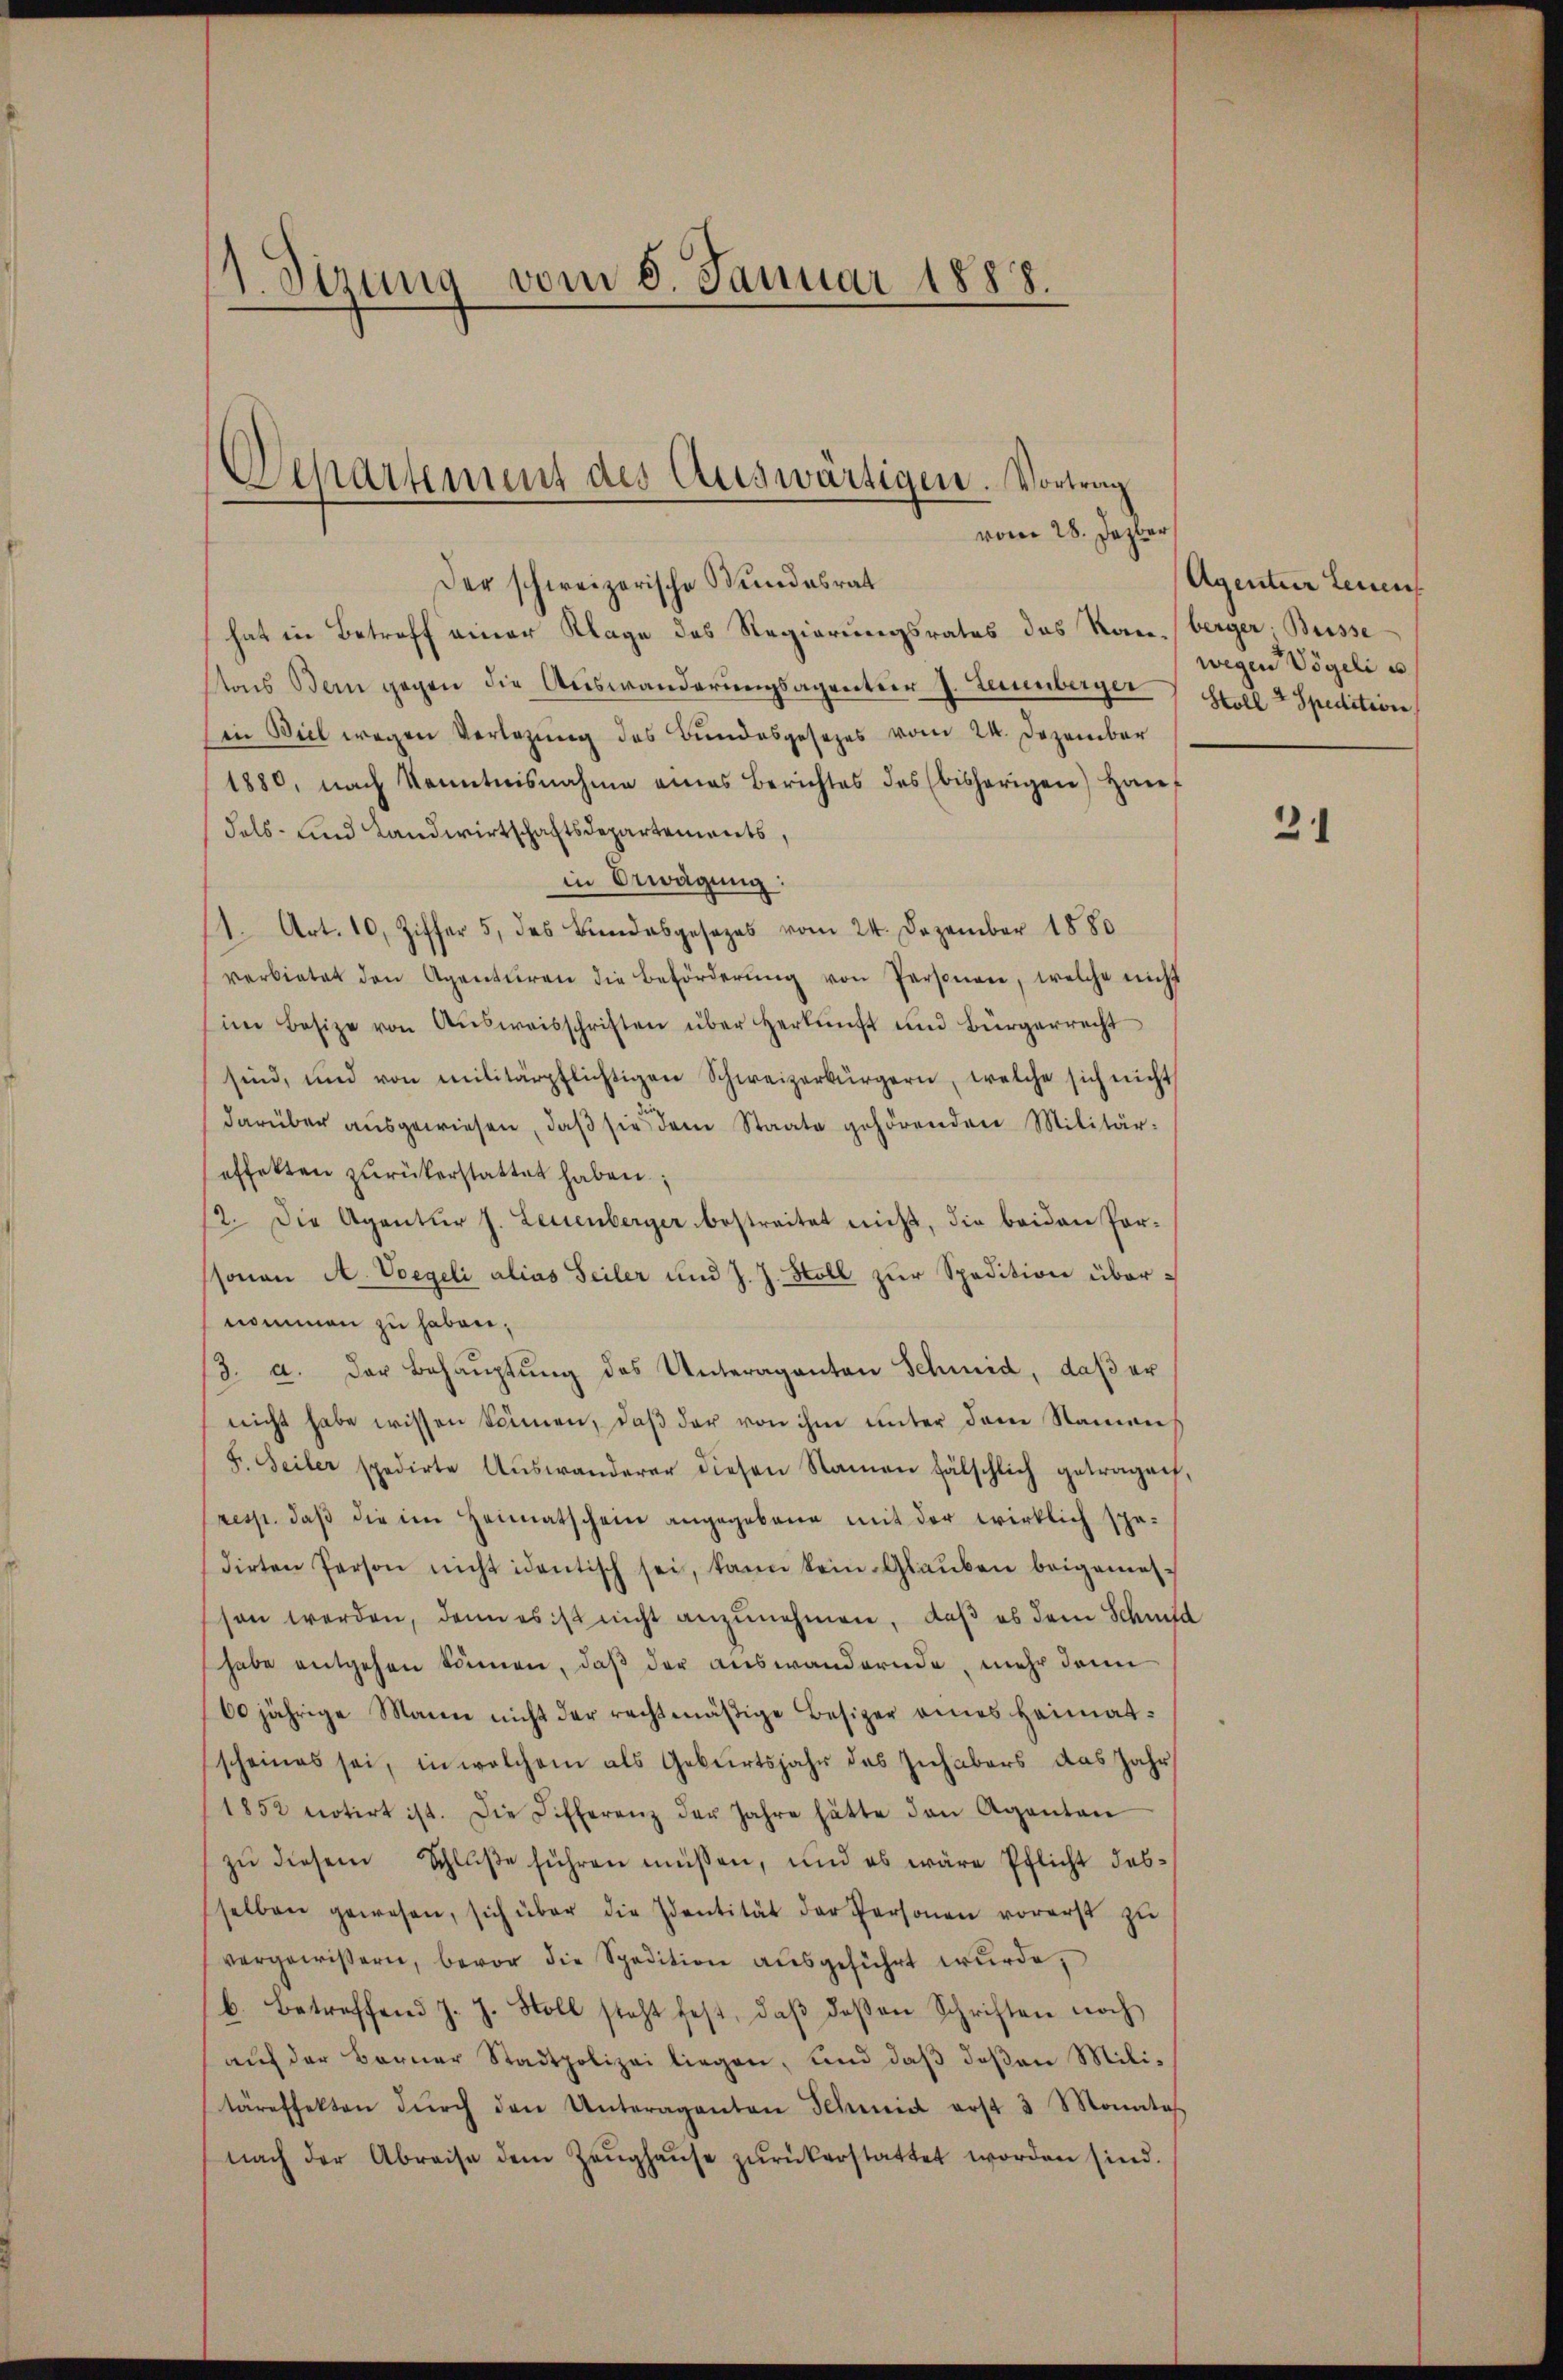
(1. Sizung vom 8. Januar 1888.

Der schweizerische Wundesrat
hat in Betreff einer Klage des Regierungsrates des Rauberger, Bussetons Bern gegen die Auswanderungsagenter J. Leuenberger Soll 2 Spedition
Ein Biel wegen Verlegung des Bundesgesezes vom 24. Dezember
1880, nach Kenntnisnahme eines Berichtes des (bisherigen Hauf
dels- und Landwirtschaftsdepartements,
in Erwägung:
11. Art. 10. Ziffer 5. des Bindesgesezes vom 24. Dezember 1880
verbietet den Agenturen die Beförderŭng von Personen, welche nicht
(im Besize von Aŭsweisschriften über Herkunft und Bürgerrecht
sind, und von militärpflichtigen Schweizerbürgern, welche sich nicht
darüber aŭsgewiesen, daβ sie dem Staate gehörenden Militär-
effekten zurückerstattet haben;
12. Die Agentur J. Leuenberger bestreitet nicht, die beiden Porssonen A. Vorgeli alias Seiler und J. J. Stoll zur Spedition übernommen zu haben,
3. a. der Behaŭptŭng des Unteraganten Schmid, daβ er
nicht habe wissen können, daβ der von ihm unter dem Namen
F. Seiler spedirte Aŭswanderer diesen Namen fälschlich getragen,
resp. daß die im Heimatschein angegebene mit der wirklich spedirten Person nicht identisch sei, kann kein Glaŭben beigemesson werden, dann es ist nicht anzunehmen, daß es dem Schmid
habe entgehen können, daß der auswandernde, mehr dann
60jährige Maien nicht der rechtmäßige Besizer eines Heimatscheines sei, in welchem als Geburtsjahr des Inhabers das Jahr
1852 notirt ist. Die Differenz der Jahre hätte den Aganten
zŭ diesem Schlŭβe führen müssen, und es wäre Pflicht desselben gewesen, sich über die Identität der Personen vorerst zŭ
vergewissern, bevor die Spedition aŭsgeführt wurde,
b. betreffend J. J. Stoll steht fest, daβ deβen Schriften noch
aŭf der Berner Stadtpolizei liegen, und daβ deβen Militäreffekten dŭrch den Unteraganten Schmid erst 3 Monates
nach der Abreise dem Zeŭghaŭse zŭrückerstattet worden sind.

Departement des Auswärtigen. Vortrag
vom 28. Jezber

Agentur Leuen
wegen Vögeli u.

31